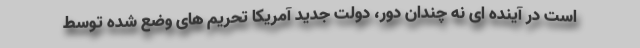
است در آینده ای نه چندان دور، دولت جدید آمریکا تحریم های وضع شده توسط